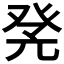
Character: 𤼫